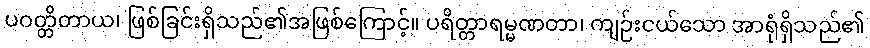
ပဝတ္တိတာယ၊ ဖြစ်ခြင်းရှိသည်၏အဖြစ်ကြောင့်။ ပရိတ္တာရမ္မဏတာ၊ ကျဉ်းငယ်သော အာရုံရှိသည်၏